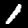
Label: 1